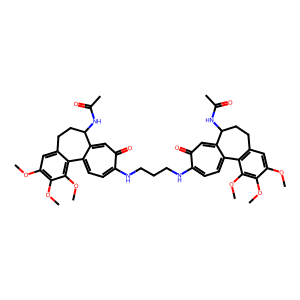
SMILES: COc1cc2c(c(OC)c1OC)-c1ccc(NCCCNc3ccc4c(cc3=O)C(NC(C)=O)CCc3cc(OC)c(OC)c(OC)c3-4)c(=O)cc1C(NC(C)=O)CC2
Inhibits HIV replication: No